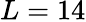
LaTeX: L=14